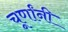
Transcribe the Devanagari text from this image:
चूर्णांनी